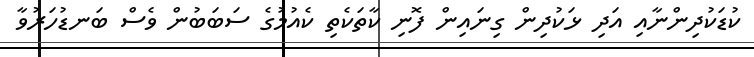
ކުޑަކުދިންނާއި އަދި ޅަކުދިން ގިނައިން ފޮނި ކާތަކެތި ކެއުމުގެ ސަބަބުން ވެސް ބަނޑުހަރުވާ